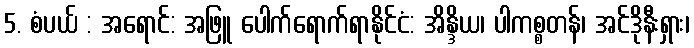
5. စံပယ် : အရောင်: အဖြူ ပေါက်ရောက်ရာနိုင်ငံ: အိန္ဒိယ၊ ပါကစ္စတန်၊ အင်ဒိုနီးရှား၊